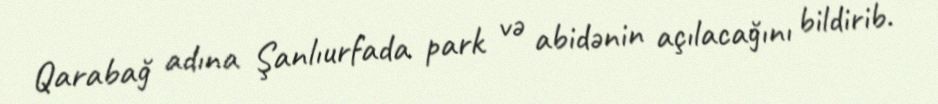
Qarabağ adına Şanlıurfada park və abidənin açılacağını bildirib.